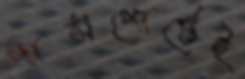
পাসপোর্টেই